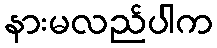
နားမလည်ပါက